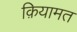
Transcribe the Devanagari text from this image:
क़ियामत